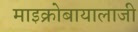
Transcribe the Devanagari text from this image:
माइक्रोबायालाजी